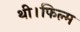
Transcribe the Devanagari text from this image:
थी।फिल्म